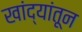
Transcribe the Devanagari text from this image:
खांद्यांतून